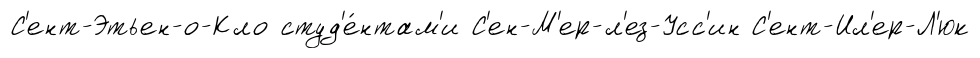
С'ент-Этьен-о-Кло студ'е́нтам'и С'ен-М'ер-л'ез-Усс'ин С'ент-Ил'ер-Л'юк